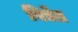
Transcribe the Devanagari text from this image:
विद्येंत